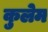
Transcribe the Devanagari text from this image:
कुलेम